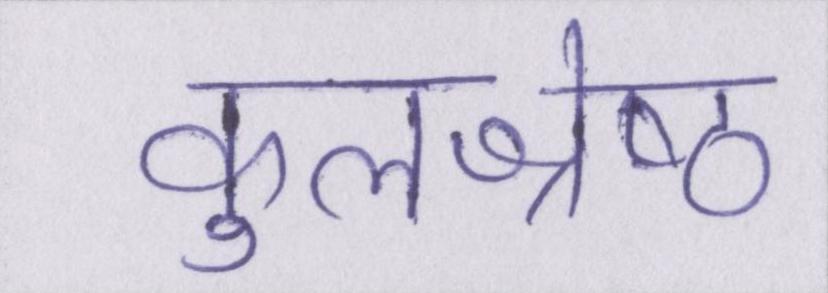
कुलश्रेष्ठ